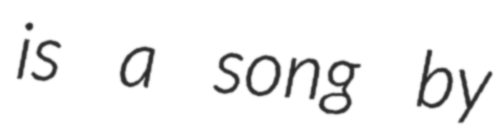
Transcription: is a song by